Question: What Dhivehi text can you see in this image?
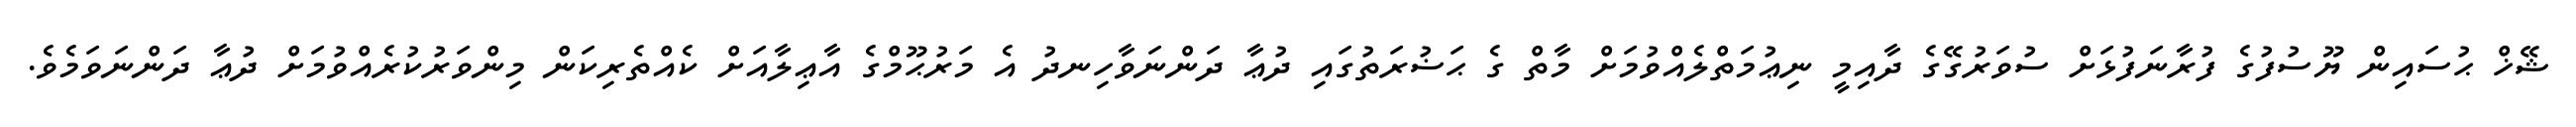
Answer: ޝޭޚް ޙުސައިން ޔޫސުފުގެ ފުރާނަފުޅަށް ސުވަރުގޭގެ ދާއިމީ ނިޢުމަތްލެއްވުމަށް މާތް ގެ ޙަޟުރަތުގައި ދުޢާ ދަންނަވާހިނދު އެ މަރުޙޫމްގެ އާޢިލާއަށް ކެއްތެރިކަން މިންވަރުކުރެއްވުމަށް ދުޢާ ދަންނަވަމެވެ.